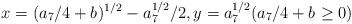
LaTeX: \begin{align*}x_{} = (a_7/4 + b_{})^{1/2} -a_7^{1/2}/2, y_{} = a^{1/2}_7 (a_7/4 + b_{} \ge 0)\end{align*}